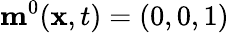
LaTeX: \mathbf{m}^{0}(\mathbf{x},t)=(0,0,1)